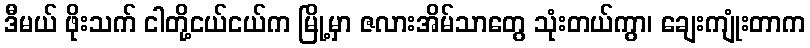
ဒီမယ် ဖိုးသက် ငါတို့ငယ်ငယ်က မြို့မှာ ဇလားအိမ်သာတွေ သုံးတယ်ကွာ၊ ချေးကျုံးတာက